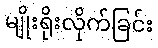
မျိုးရိုးလိုက်ခြင်း